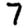
Digit: 7